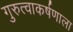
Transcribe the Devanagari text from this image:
गुरुत्वाकर्षणाला